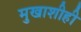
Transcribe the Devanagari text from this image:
मुखाशीही